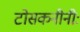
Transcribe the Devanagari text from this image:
टोसकनीनीः